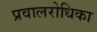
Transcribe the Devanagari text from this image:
प्रवालरोधिका